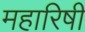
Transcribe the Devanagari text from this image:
महारिषी